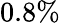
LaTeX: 0.8\%